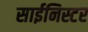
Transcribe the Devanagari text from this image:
साईनिस्टर